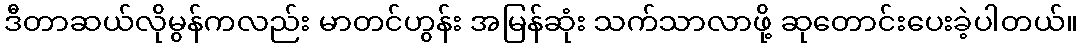
ဒီတာဆယ်လိုမွန်ကလည်း မာတင်ဟွန်း အမြန်ဆုံး သက်သာလာဖို့ ဆုတောင်းပေးခဲ့ပါတယ်။